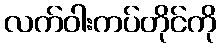
လက်ဝါးကပ်တိုင်ကို